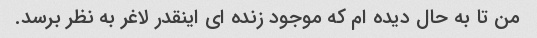
من تا به حال دیده ام که موجود زنده ای اینقدر لاغر به نظر برسد.